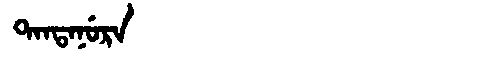
Manchu: ᡨᠠᠨᡨᠠᠨᡠᡵᠠ
Romanization: TANTANURA